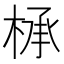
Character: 𰗸